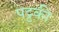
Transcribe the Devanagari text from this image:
पट्टकी